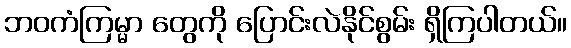
ဘဝကံကြမ္မာ တွေကို ပြောင်းလဲနိုင်စွမ်း ရှိကြပါတယ်။